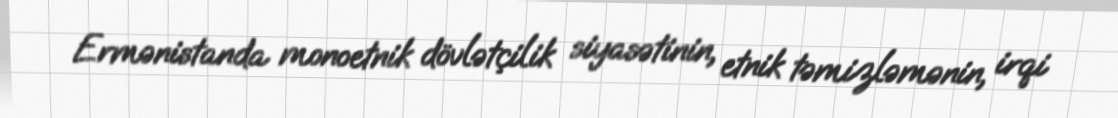
Ermənistanda monoetnik dövlətçilik siyasətinin, etnik təmizləmənin, irqi